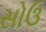
સોઉ